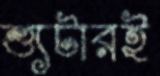
শ্যুটারই